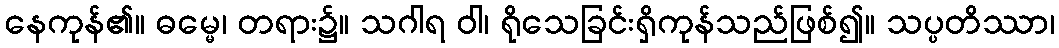
နေကုန်၏။ ဓမ္မေ၊ တရား၌။ သဂါရ ဝါ၊ ရိုသေခြင်းရှိကုန်သည်ဖြစ်၍။ သပ္ပတိဿာ၊